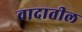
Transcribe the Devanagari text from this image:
वादातील